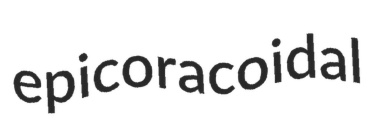
epicoracoidal